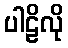
ပါဠိလို